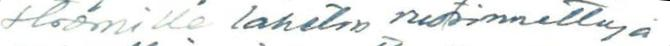
strömille lähetin ruotsinnettuja